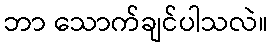
ဘာ သောက်ချင်ပါသလဲ။